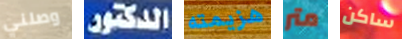
وصلني الدكتور هزيمته متر ساكن